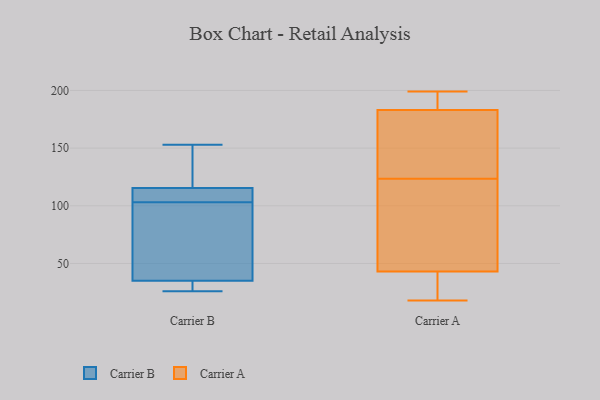
{"axis": {"x": "Shipments", "y": "Value"}, "legend": ["Carrier A", "Carrier B"], "data": [{"x": "", "y": 107, "type": "Carrier B"}, {"x": "", "y": 74, "type": "Carrier B"}, {"x": "", "y": 35, "type": "Carrier B"}, {"x": "", "y": 126, "type": "Carrier B"}, {"x": "", "y": 98, "type": "Carrier B"}, {"x": "", "y": 141, "type": "Carrier B"}, {"x": "", "y": 108, "type": "Carrier B"}, {"x": "", "y": 26, "type": "Carrier B"}, {"x": "", "y": 112, "type": "Carrier B"}, {"x": "", "y": 26, "type": "Carrier B"}, {"x": "", "y": 35, "type": "Carrier B"}, {"x": "", "y": 153, "type": "Carrier B"}, {"x": "", "y": 103, "type": "Carrier B"}, {"x": "", "y": 136, "type": "Carrier A"}, {"x": "", "y": 18, "type": "Carrier A"}, {"x": "", "y": 183, "type": "Carrier A"}, {"x": "", "y": 191, "type": "Carrier A"}, {"x": "", "y": 132, "type": "Carrier A"}, {"x": "", "y": 98, "type": "Carrier A"}, {"x": "", "y": 115, "type": "Carrier A"}, {"x": "", "y": 18, "type": "Carrier A"}, {"x": "", "y": 199, "type": "Carrier A"}, {"x": "", "y": 43, "type": "Carrier A"}]}